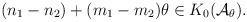
LaTeX: \begin{align*}(n_{1}-n_{2})+(m_{1}-m_{2})\theta \in K_{0}({\mathcal{A}}_{\theta }).\end{align*}